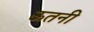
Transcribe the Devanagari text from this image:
ऊतनी